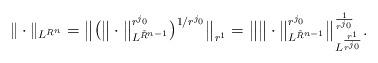
LaTeX: \begin{align*} \| \cdot \|_{L^{R^n}}= \big\| \big( \big\| \cdot \big\|_{L^{\tilde R^{n-1}}}^{r^{j_0}} \big)^{1/{r^{j_0}}} \big\|_{r^1}= \big \| \big\| \cdot \big\|_{L^{\tilde R^{n-1}}}^{r^{j_0}} \big\|_{L^{\frac{r^1}{r^{j_0}}}}^{\frac{1}{r^{j_0}}}.\end{align*}